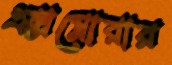
এক্সপ্লোরার